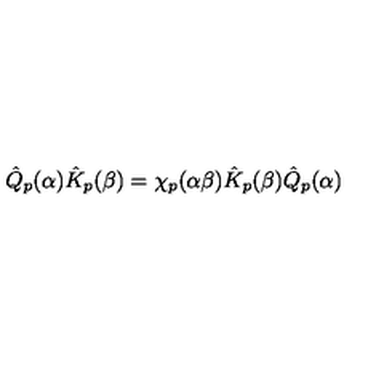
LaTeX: \hat { Q } _ { p } ( \alpha ) \hat { K } _ { p } ( \beta ) = \chi _ { p } ( \alpha \beta ) \hat { K } _ { p } ( \beta ) \hat { Q } _ { p } ( \alpha )